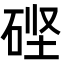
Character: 𬒎